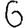
Digit: 6